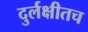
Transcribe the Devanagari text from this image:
दुर्लक्षीतच